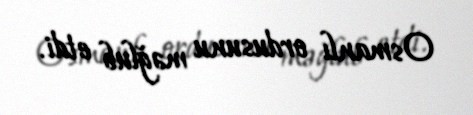
Osmanlı ordusunu məğlub etdi.